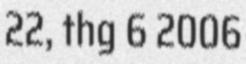
22, thg 6 2006